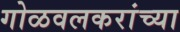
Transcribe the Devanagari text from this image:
गोळवलकरांच्या